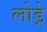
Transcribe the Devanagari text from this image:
लोड्रे